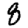
Digit: 8